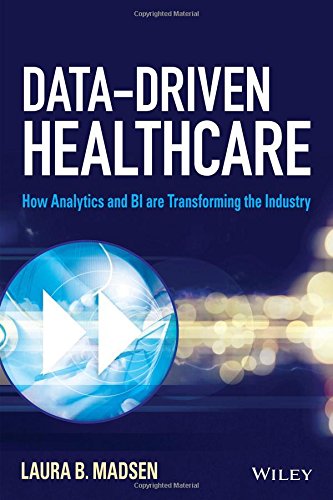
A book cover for Data-Driven Healthcare: How Analytics and BI are Transforming the Industry (Wiley and SAS Business Series); Laura B. Madsen; Medical Books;